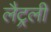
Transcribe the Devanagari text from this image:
लैट्रली